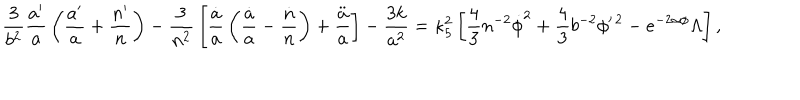
{ \frac { 3 } { b ^ { 2 } } } { \frac { a ^ { \prime } } { a } } \left( { \frac { a ^ { \prime } } { a } } + { \frac { n ^ { \prime } } { n } } \right) - { \frac { 3 } { n ^ { 2 } } } \left[ { \frac { \dot { a } } { a } } \left( { \frac { \dot { a } } { a } } - { \frac { \dot { n } } { n } } \right) + { \frac { \ddot { a } } { a } } \right] - { \frac { 3 k } { a ^ { 2 } } } = \kappa _ { 5 } ^ { 2 } \left[ { \frac { 4 } { 3 } } n ^ { - 2 } \dot { \phi } ^ { 2 } + { \frac { 4 } { 3 } } b ^ { - 2 } \phi ^ { \prime \, 2 } - e ^ { - 2 \alpha \phi } \Lambda \right] ,